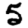
Digit: 5